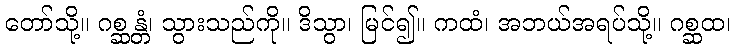
တော်သို့။ ဂစ္ဆန္တံ၊ သွားသည်ကို။ ဒိသွာ၊ မြင်၍။ ကထံ၊ အဘယ်အရပ်သို့။ ဂစ္ဆထ၊